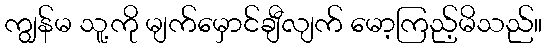
ကျွန်မ သူ့ကို မျက်မှောင်ချီလျက် မော့ကြည့်မိသည်။